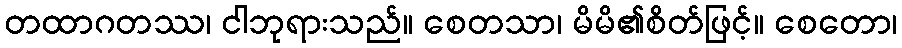
တထာဂတဿ၊ ငါဘုရားသည်။ စေတသာ၊ မိမိ၏စိတ်ဖြင့်။ စေတော၊